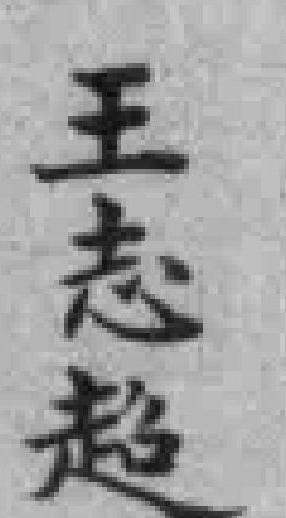
王志超